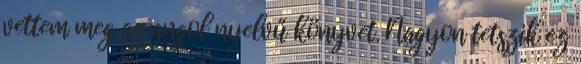
vettem meg az angol nyelvű könyvet. Nagyon tetszik ez